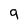
Character: 9